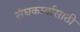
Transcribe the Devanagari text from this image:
संघकार्यासाठी